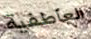
العاطفية